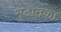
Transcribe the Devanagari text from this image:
भुटानका